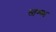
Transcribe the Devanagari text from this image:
स्तम्ब्भ